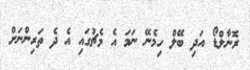
ރޮނާލްޑޯ އަދި ބޭލް ހިމެނޭ ނަމަ އެ މެޗުގައި އެ ދެ ތަރިންނަށް